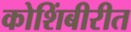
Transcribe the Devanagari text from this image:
कोशिंबीरीत